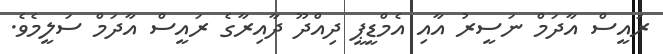
ރައީސް އާދަމް ނަސީރު އާއި އެމްޑީޕީ ދިއްދޫ ދާއިރާގެ ރައީސް އާދަމް ސަލީމެވެ.